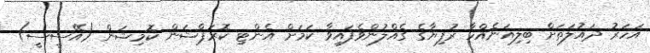
އަހަރު ދައުލަތަށް ބިލިއަނެއްހާ ރުފިޔާގެ ގެއްލުންވެފައިވާ ކަމަށް އެންޓި ކޮރަޕްޝަން ކޮމިޝަން (އޭސީސީ)